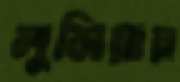
লুসিয়ায়